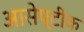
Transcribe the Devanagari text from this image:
आसेप्टीक